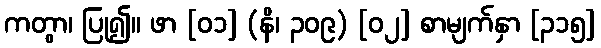
ကတွာ၊ ပြု၍။ ဖာ [၀၁] (နိ၊ ၃၀၉) [၀၂] စာမျက်နှာ [၃၁၅]